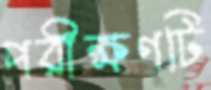
পরীক্ষণটি